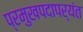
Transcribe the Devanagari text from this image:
प्रमुखपदापर्यंत